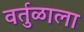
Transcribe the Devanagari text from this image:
वर्तुळाला